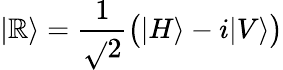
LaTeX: |\mathbb{R}\rangle={\frac{{1}}{{\sqrt{}{{2}}}}}{\big(}|H\rangle-i|V\rangle{\big)}